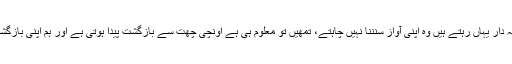
میری بیوی کے کچھ رشتہ دار یہاں رہتے ہیں وہ اپنی آواز سنننا نہیں چاہتے، تمھیں تو معلوم ہی ہے اونچی چھت سے بازگشت پیدا ہوتی ہے اور ہم اپنی بازگشت برداشت نہیں کر پاتے۔